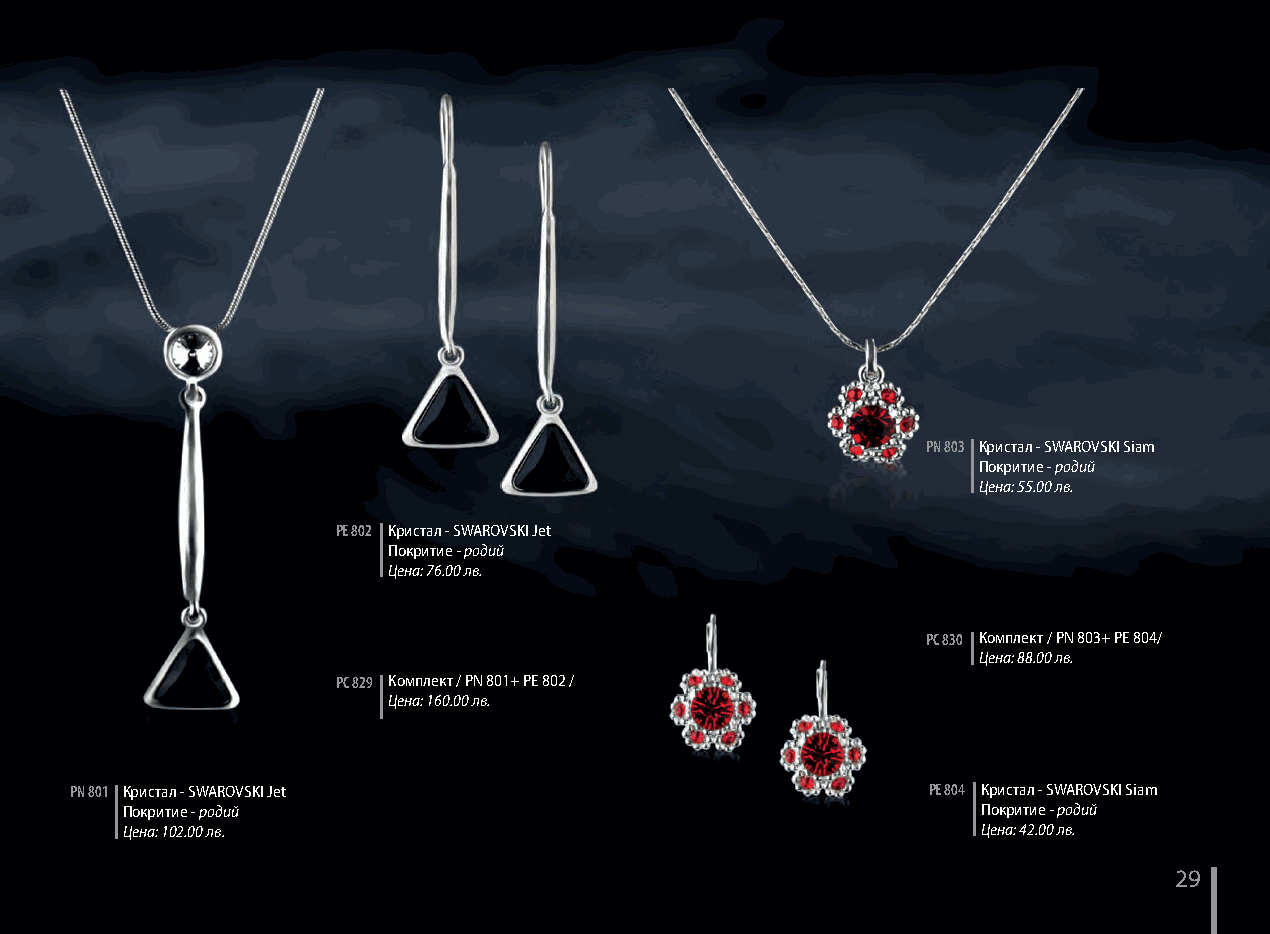
PN 803 Кристал - SWAROVSKI Siam
 Покритие - родий
 Цена: 55.00 лв.
 PЕ 802 Кристал - SWAROVSKI Jet
 Покритие - родий
 Цена: 76.00 лв.
 PC 830 Комплект / PN 803+ PE 804/
 Цена: 88.00 лв.
 PC 829 Комплект / PN 801+ PE 802 /
 Цена: 160.00 лв.
 PN 801 Кристал - SWAROVSKI Jet                          PЕ 804 Кристал - SWAROVSKI Siam
 Покритие - родий                                         Покритие - родий
 Цена: 102.00 лв.                                         Цена: 42.00 лв.
 29